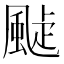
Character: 𩗟